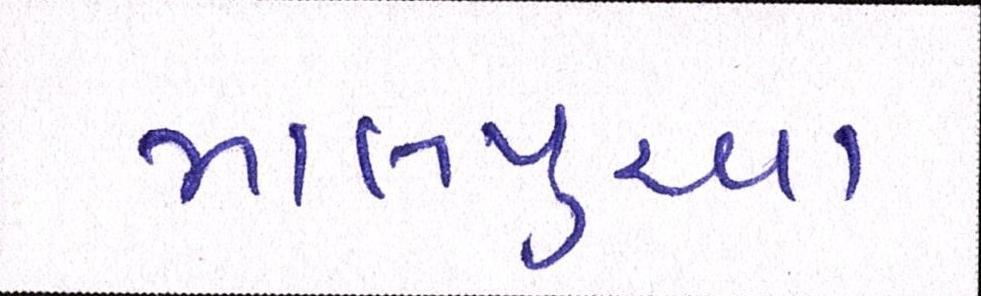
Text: માલપુઆ